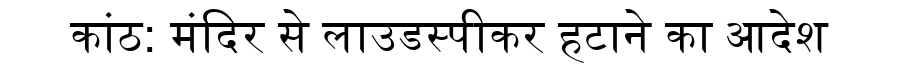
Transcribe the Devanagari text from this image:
कांठ: मंदिर से लाउडस्पीकर हटाने का आदेश